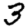
Digit: 3